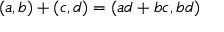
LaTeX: ( a , b ) + ( c , d ) = ( a d + b c , b d )